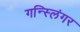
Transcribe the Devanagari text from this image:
गन्स्लिंगर